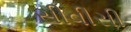
સીવીસી